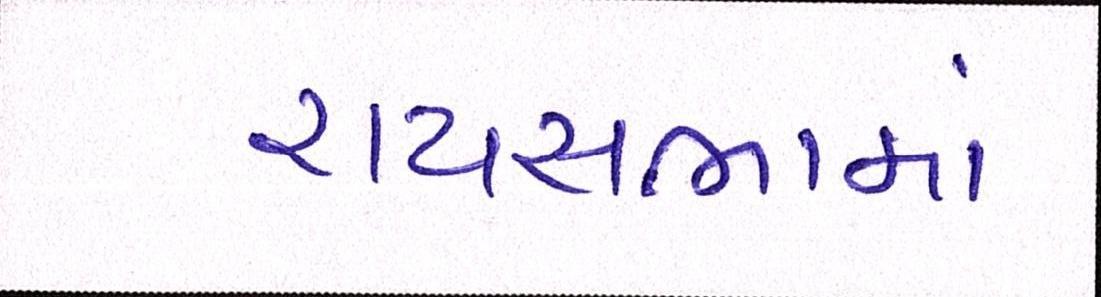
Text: રાયસભામાં